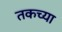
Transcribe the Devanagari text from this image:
तकच्या